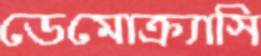
ডেমোক্র্যাসি